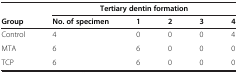
<table><thead><tr><td><b> </b></td><td colspan="5"><b>Tertiary dentin formation</b></td></tr><tr><td><b>Group</b></td><td><b>No. of specimen</b></td><td><b>1</b></td><td><b>2</b></td><td><b>3</b></td><td><b>4</b></td></tr></thead><tbody><tr><td>Control</td><td>4</td><td>0</td><td>0</td><td>0</td><td>4</td></tr><tr><td>MTA</td><td>6</td><td>6</td><td>0</td><td>0</td><td>0</td></tr><tr><td>TCP</td><td>6</td><td>6</td><td>0</td><td>0</td><td>0</td></tr></tbody></table>